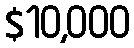
$10,000